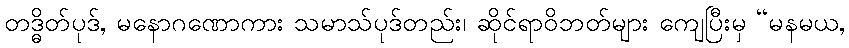
တဒ္ဓိတ်ပုဒ်, မနောဂဏောကား သမာသ်ပုဒ်တည်း၊ ဆိုင်ရာဝိဘတ်များ ကျေပြီးမှ “မနမယ,